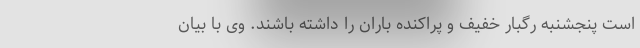
است پنجشنبه رگبار خفیف و پراکنده باران را داشته باشند. وی با بیان